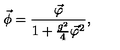
\vec { \phi } = \frac { \vec { \varphi } } { 1 + \frac { g ^ { 2 } } { 4 } { \vec { \varphi } } ^ { 2 } } ,